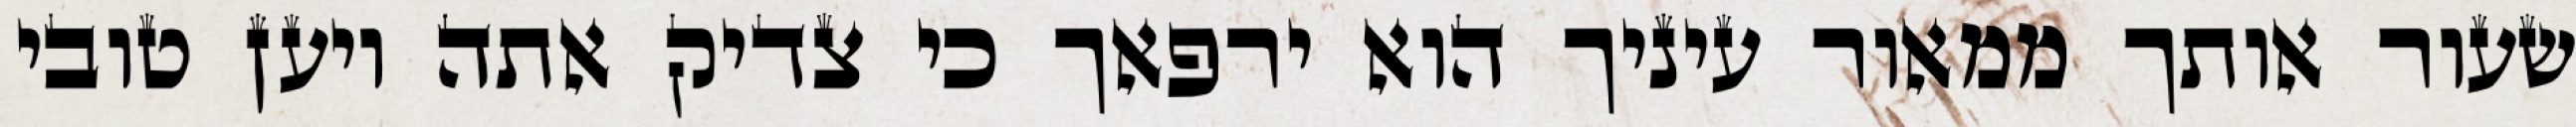
שעור אותך ממאור עיניך הוא ירפאך כי צדיק אתה ויען טובי